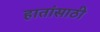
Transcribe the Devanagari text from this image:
हातांसाठी